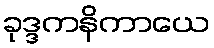
ခုဒ္ဒကနိကာယေ